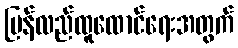
ပြန်လည်ထူထောင်ရေးအတွက်